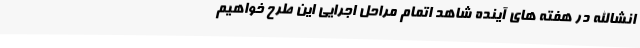
انشاالله در هفته های آینده شاهد اتمام مراحل اجرایی این طرح خواهیم